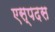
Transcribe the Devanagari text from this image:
एस्पदस